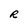
Character: R